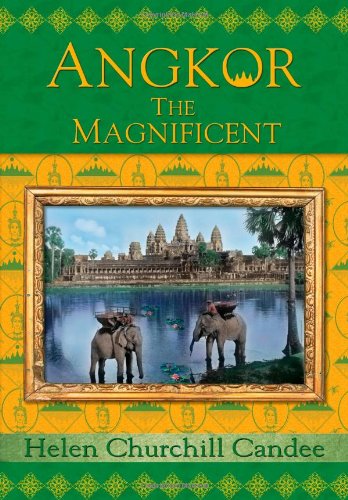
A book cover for Angkor the Magnificent - Wonder City of Ancient Cambodia; Helen Churchill Candee; Travel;